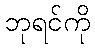
ဘုရင်ကို